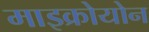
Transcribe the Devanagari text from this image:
माइक्रोयोन